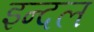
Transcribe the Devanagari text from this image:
इन्दल